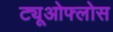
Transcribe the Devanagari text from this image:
ट्यूओफ्लोस